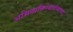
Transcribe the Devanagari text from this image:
अभिव्यक्तिस्वातंत्र्याच्या